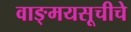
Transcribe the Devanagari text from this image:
वाङ्मयसूचीचे